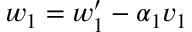
w _ { 1 } = w _ { 1 } ^ { \prime } - \alpha _ { 1 } v _ { 1 }